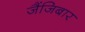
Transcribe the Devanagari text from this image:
जैंजिबार